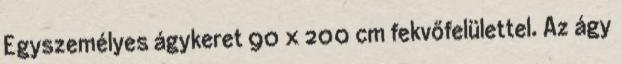
Egyszemélyes ágykeret 90 x 200 cm fekvőfelülettel. Az ágy